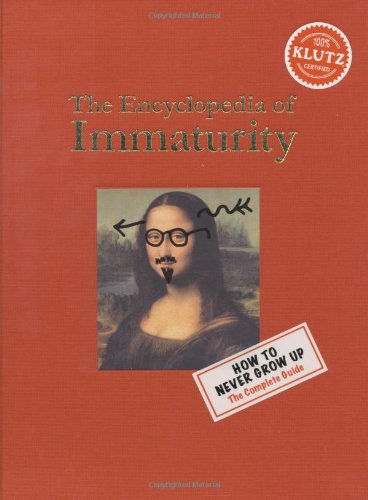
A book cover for The Encyclopedia of Immaturity; Klutz Editors; Reference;